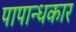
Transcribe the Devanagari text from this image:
पापान्धकार